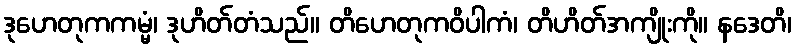
ဒုဟေတုကကမ္မံ၊ ဒုဟိတ်တံသည်။ တိဟေတုကဝိပါကံ၊ တိဟိတ်အကျိုးကို။ နဒေတိ၊